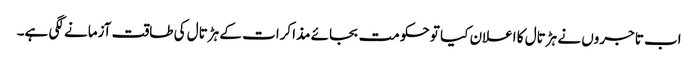
اب تاجروں نے ہڑتال کا اعلان کیا تو حکومت بجائے مذاکرات کے ہڑتال کی طاقت آزمانے لگی ہے۔